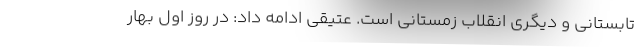
تابستانی و دیگری انقلاب زمستانی است. عتیقی ادامه داد: در روز اول بهار